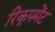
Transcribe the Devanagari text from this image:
रिकूपमेंट